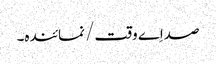
صداِے وقت/ نمائندہ۔